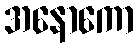
အနောကော